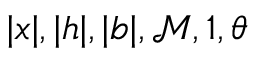
| \boldsymbol { x } | , | \boldsymbol { h } | , | \boldsymbol { b } | , \mathcal { M } , 1 , \boldsymbol { \theta }